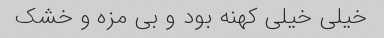
خیلی خیلی کهنه بود و بی مزه و خشک